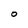
Character: O